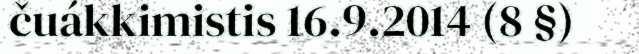
čuákkimistis 16.9.2014 (8 §)